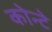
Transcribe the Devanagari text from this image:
कोन्टे